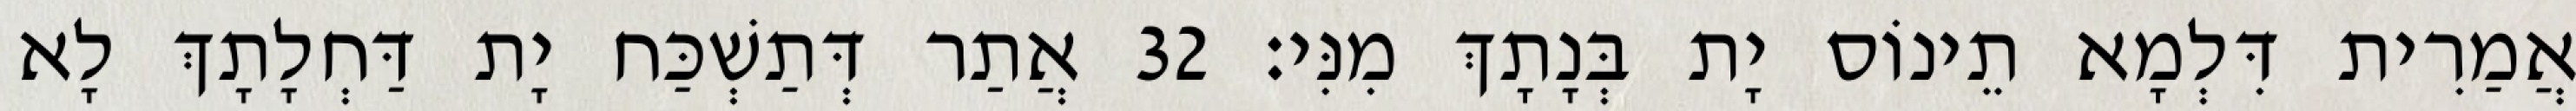
אֲמַרִית דִּלְמָא תֵינוֹס יָת בְּנָתָךְ מִנִּי׃ 32 אֲתַר דְּתַשְׁכַּח יָת דַּחְלָתָךְ לָא